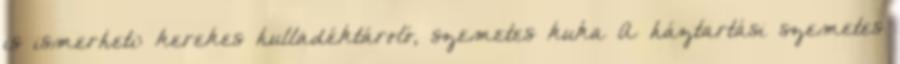
is ismerheti: kerekes hulladéktároló, szemetes kuka A háztartási szemetes